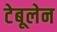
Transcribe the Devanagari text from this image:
टेबूलेन